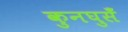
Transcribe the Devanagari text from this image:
कुनघुसँ